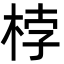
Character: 桲